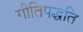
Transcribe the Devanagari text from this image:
गीतिपद्धति